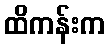
ထိကန်းက